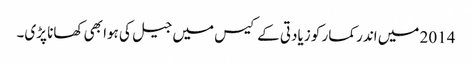
2014 میں اندر کمار کو زیادتی کے کیس میں جیل کی ہوا بھی کھانا پڑی۔